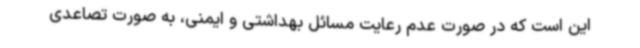
این است که در صورت عدم رعایت مسائل بهداشتی و ایمنی، به صورت تصاعدی